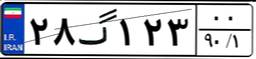
۹۸گ۷۹۳۹۸